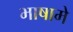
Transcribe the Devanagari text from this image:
भाषामे